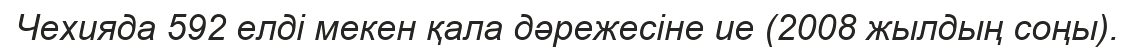
Чехияда 592 елді мекен қала дәрежесіне ие (2008 жылдың соңы).